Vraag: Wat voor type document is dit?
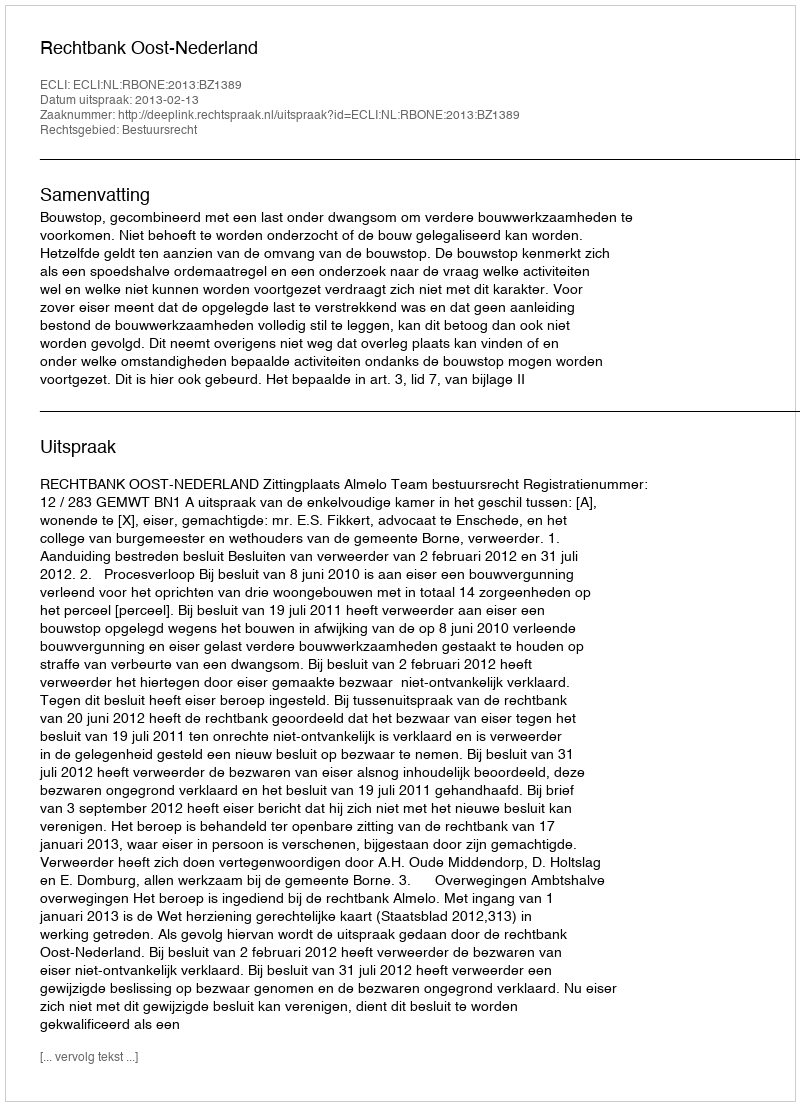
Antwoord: Uitspraak